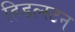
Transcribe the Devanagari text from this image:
हिडल्स्टन